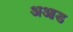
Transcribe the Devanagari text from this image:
अआड